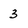
Character: 3